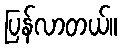
ပြန်လာတယ်။